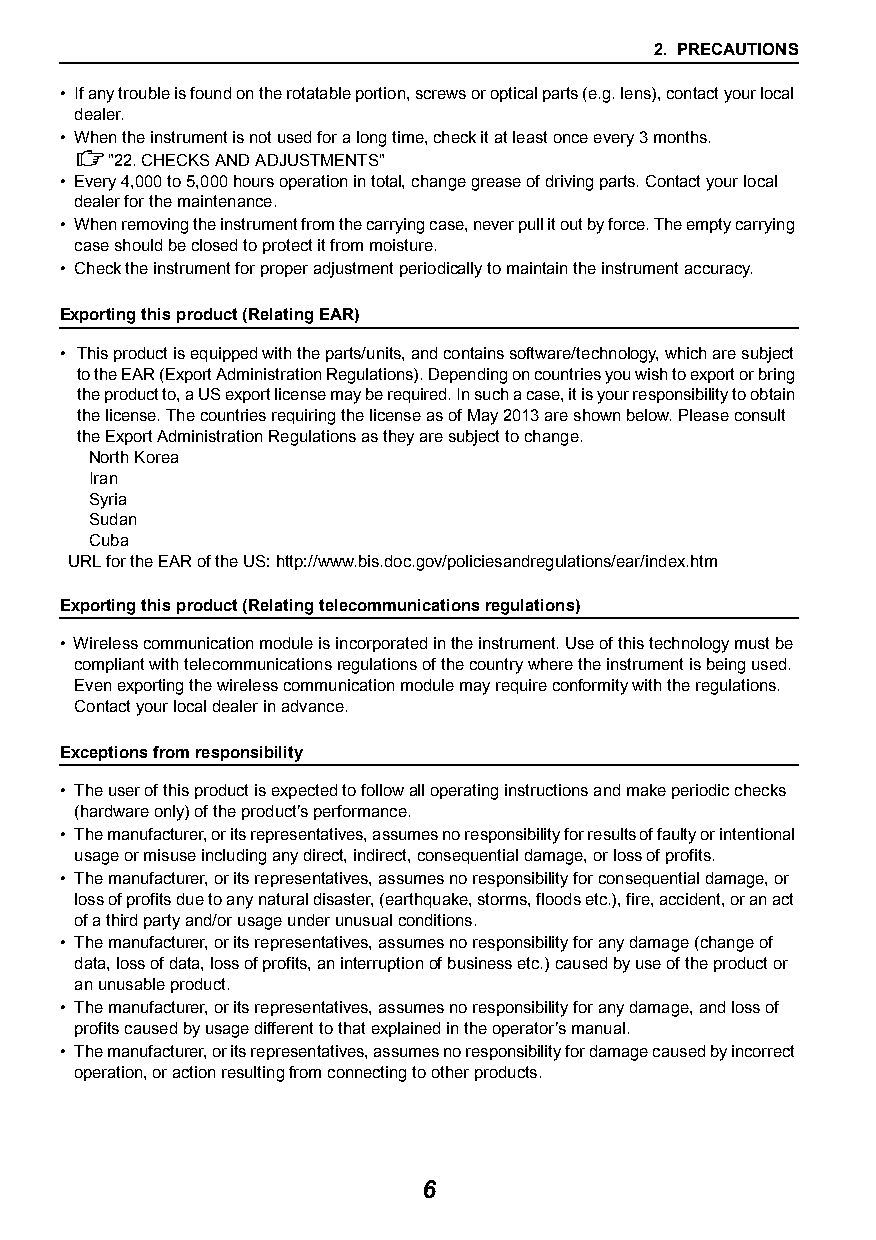
2. PRECAUTIONS
 • If any trouble is found on the rotatable portion, screws or optical parts (e.g. lens), contact your local
 dealer.
 • When the instrument is not used for a long time, check it at least once every 3 months.
 "22.CHECKS AND ADJUSTMENTS"
 • Every 4,000 to 5,000 hours operation in total, change grease of driving parts. Contact your local
 dealer for the maintenance.
 • When removing the instrument from the carrying case, never pull it out by force. The empty carrying
 case should be closed to protect it from moisture.
 • Check the instrument for proper adjustment periodically to maintain the instrument accuracy.
 Exporting this product (Relating EAR)
 • This product is equipped with the parts/units, and contains software/technology, which are subject
 to the EAR (Export Administration Regulations). Depending on countries you wish to export or bring
 the product to, a US export license may be required. In such a case, it is your responsibility to obtain
 the license. The countries requiring the license as of May 2013 are shown below. Please consult
 the Export Administration Regulations as they are subject to change.
 North Korea
 Iran
 Syria
 Sudan
 Cuba
 URL for the EAR of the US: http://www.bis.doc.gov/policiesandregulations/ear/index.htm
 Exporting this product (Relating telecommunications regulations)
 • Wireless communication module is incorporated in the instrument. Use of this technology must be
 compliant with telecommunications regulations of the country where the instrument is being used.
 Even exporting the wireless communication module may require conformity with the regulations.
 Contact your local dealer in advance.
 Exceptions from responsibility
 • The user of this product is expected to follow all operating instructions and make periodic checks
 (hardware only) of the product’s performance.
 • The manufacturer, or its representatives, assumes no responsibility for results of faulty or intentional
 usage or misuse including any direct, indirect, consequential damage, or loss of profits.
 • The manufacturer, or its representatives, assumes no responsibility for consequential damage, or
 loss of profits due to any natural disaster, (earthquake, storms, floods etc.), fire, accident, or an act
 of a third party and/or usage under unusual conditions.
 • The manufacturer, or its representatives, assumes no responsibility for any damage (change of
 data, loss of data, loss of profits, an interruption of business etc.) caused by use of the product or
 an unusable product.
 • The manufacturer, or its representatives, assumes no responsibility for any damage, and loss of
 profits caused by usage different to that explained in the operator’s manual.
 • The manufacturer, or its representatives, assumes no responsibility for damage caused by incorrect
 operation, or action resulting from connecting to other products.
 6